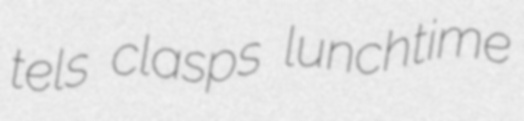
tels clasps lunchtime